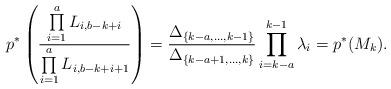
LaTeX: \begin{align*}p^*\left(\frac{\prod\limits_{i=1}^aL_{i,b-k+i}}{\prod\limits_{i=1}^{a}L_{i,b-k+i+1}}\right)=\frac{\Delta_{\{k-a,\dots, k-1\}}}{\Delta_{\{k-a+1,\dots, k\}}}\prod_{i=k-a}^{k-1}\lambda_i=p^* (M_k ).\end{align*}